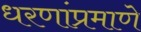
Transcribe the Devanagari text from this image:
धरणांप्रमाणे